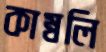
কাম্বলি